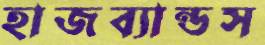
হাজব্যান্ডস